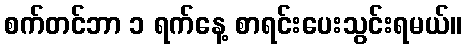
စက်တင်ဘာ ၁ ရက်နေ့ စာရင်းပေးသွင်းရမယ်။